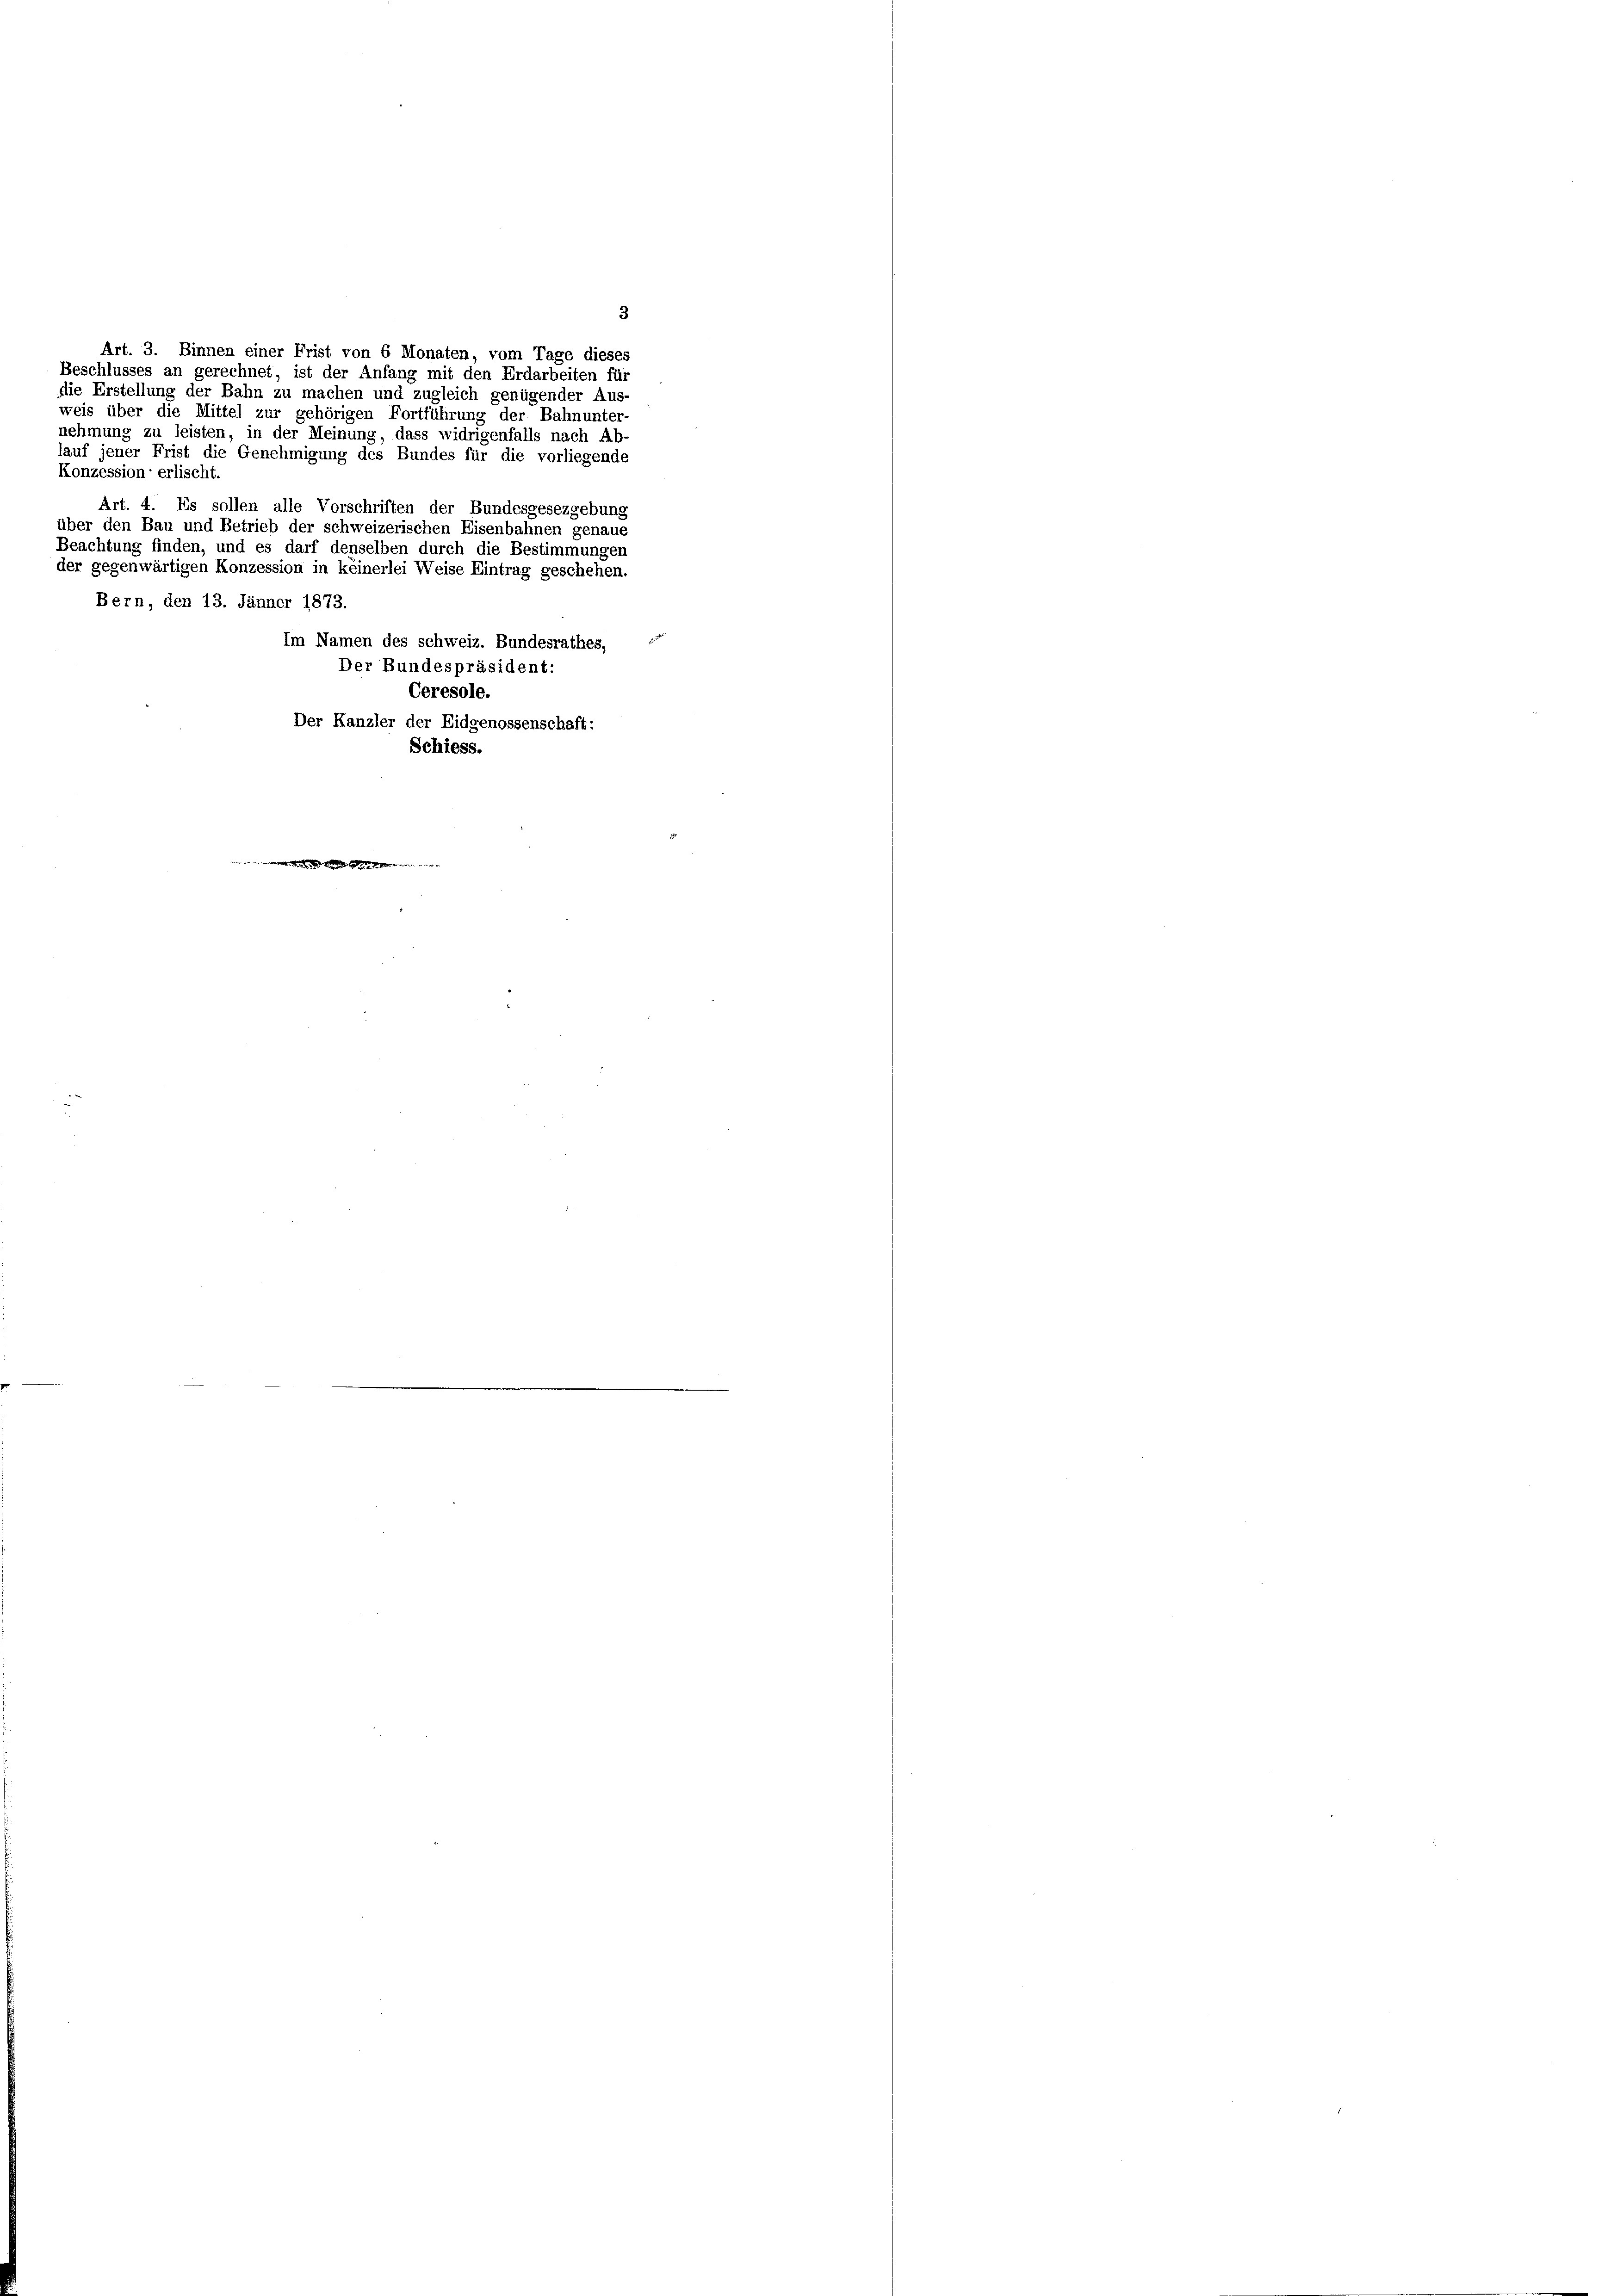
Konzession erlischt.

Beschlusses an gerechnet, ist der Anfang mit den Erdarbeiten für
weis über die Mittel zur gehörigen Fortführung der Bahnunter-
nehmung zu leisten, in der Meinung, dass wir
über den Bau und Betrieb der schweizerischen Eisenbahnen genaue
Beachtung finden, und es darf denselben durch die Bestimmungen
der gegenwärtigen Konzession in keinerlei Weise H
Bern, den 13. Jänner 1873.
Ceresole.
Der Kanzler der Eidgenossenschaft:
Schiess.

3
Art. 3. Binnen einer Frist von 6 Monaten, vom Tage dieses
die Erstellung der Bahn zu machen und zugleich genügender Aus-
igenfalls nach Ab-
lauf jener Frist die Genehmigung des Bundes für die vorliegende
Art. 4. Es sollen alle Vorschriften der Bundesgesezgebung
sschehen.
itrag
Im Namen des schweiz. Bundesrathes,
Der Bundespräsident: